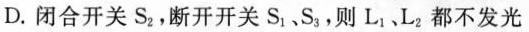
D. 闭合开关S_{2}，断开开关S_{1}、S_{3}，则L_{1}、L_{2}都不发光